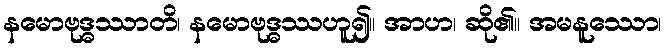
နမောဗုဒ္ဓဿာတိ၊ နမောဗုဒ္ဓဿဟူ၍။ အာဟ၊ ဆို၏။ အမနူဿော၊